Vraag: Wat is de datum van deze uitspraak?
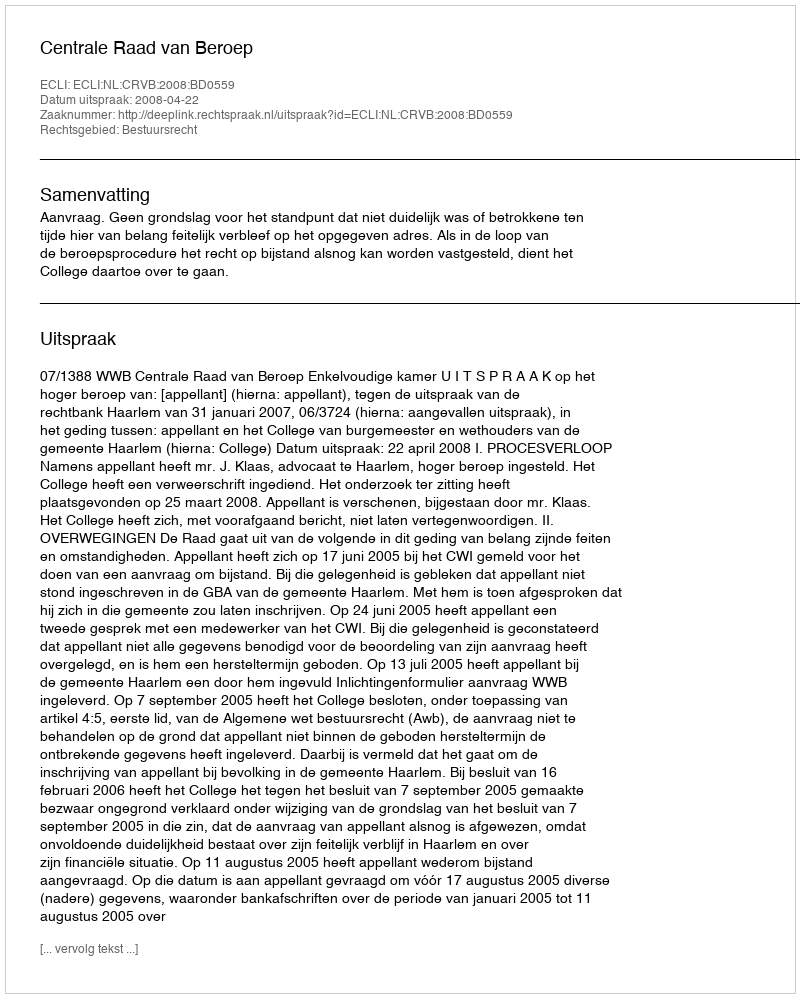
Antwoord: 2008-04-22